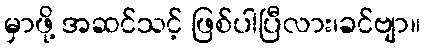
မှာဖို့ အဆင်သင့် ဖြစ်ပါပြီလား၊ခင်ဗျာ။